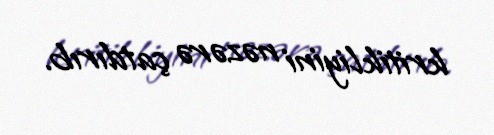
kritikliyini nəzərə çatdırıb.